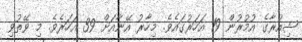
ޝިއުރާގެ އުމުރުން 19 އަހަރުގައެވެ. މިހާރު އޭނާއަށް 39 އަހަރެވެ. މި ވޭތުވި